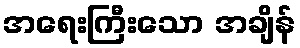
အရေးကြီးသော အချိန်